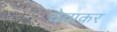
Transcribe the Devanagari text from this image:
चेवाकर